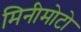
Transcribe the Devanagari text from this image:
मिनीमोटो